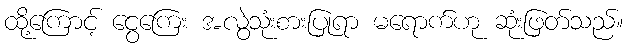
ထို့ကြောင့် ငွေကြေး အလွဲသုံးစားပြုရာ မရောက်ဟု ဆုံးဖြတ်သည်။